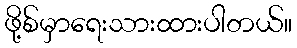
ဖို့စ်မှာရေးသားထားပါတယ်။